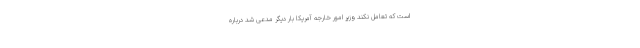
است که تعامل نکند وزیر امور خارجه آمریکا بار دیگر مدعی شد درباره